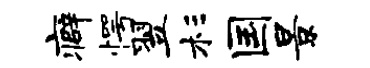
癖愕翌杉国景